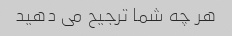
هر چه شما ترجیح می دهید